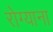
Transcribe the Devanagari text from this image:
रोग्याना